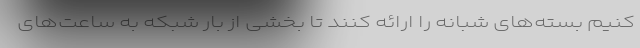
کنیم بسته‌های شبانه را ارائه کنند تا بخشی از بار شبکه به ساعت‌های